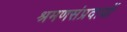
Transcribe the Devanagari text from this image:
श्रमणसंप्रदायों